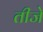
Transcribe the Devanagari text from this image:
तीजे